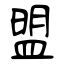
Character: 盟